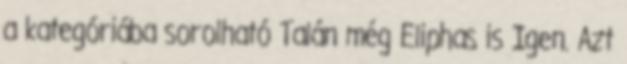
a kategóriába sorolható Talán még Eliphas is Igen. Azt